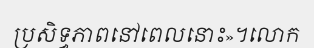
ប្រសិទ្ធភាពនៅពេលនោះ»។លោក